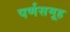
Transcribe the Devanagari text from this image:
पर्णसमूह